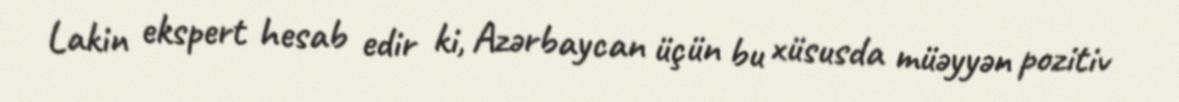
Lakin ekspert hesab edir ki, Azərbaycan üçün bu xüsusda müəyyən pozitiv